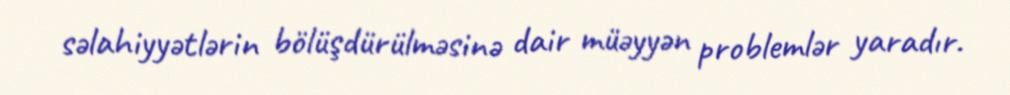
səlahiyyətlərin bölüşdürülməsinə dair müəyyən problemlər yaradır.